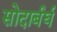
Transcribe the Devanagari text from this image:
सोदार्बर्घ